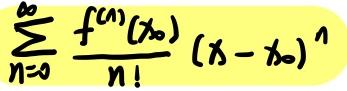
\[ \sum_{n=0}^{\infty} \frac{f^{(n)}(x_0)}{n!} (x - x_0)^n \]